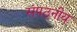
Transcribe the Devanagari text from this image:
संपठनीय